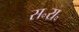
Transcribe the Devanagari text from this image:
स॰रा॰